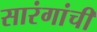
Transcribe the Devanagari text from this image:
सारंगांची